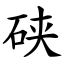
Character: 硖